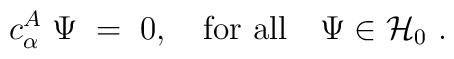
c_\alpha^A \ \Psi\;=\;0, \quad {\rm for \ all} \quad \Psi \in {\mathcal  H}_0\ .